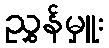
ညွှန်မှူး